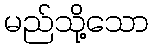
မည်သို့သော